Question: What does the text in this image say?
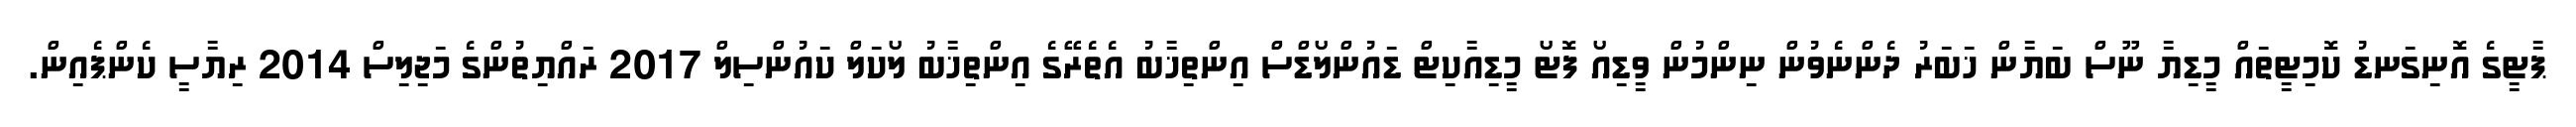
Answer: ޕާޓީގެ އޮނިގަނޑު ކޮމިޓީތައް މީޑިޔާ ނޫސް ބަޔާން ޚަބަރު ދެންނެވުން ނިންމުން ވީޑިއޯ ފޮޓޯ މީޑިއާކިޓް ޑައުންލޯޑްސް އިންތިޚާބު އެތެރޭގެ އިންތިޚާބު ލޯކަލް ކައުންސިލް 2017 ރައްޔިތުންގެ މަޖިލިސް 2014 ރިޔާސީ ކެންޕެއިން.